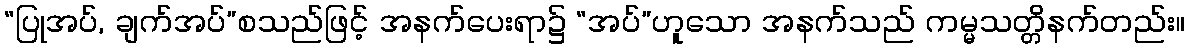
“ပြုအပ်, ချက်အပ်”စသည်ဖြင့် အနက်ပေးရာ၌ “အပ်”ဟူသော အနက်သည် ကမ္မသတ္တိနက်တည်း။